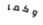
وكما